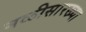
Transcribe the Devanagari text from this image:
नळीसारख्या